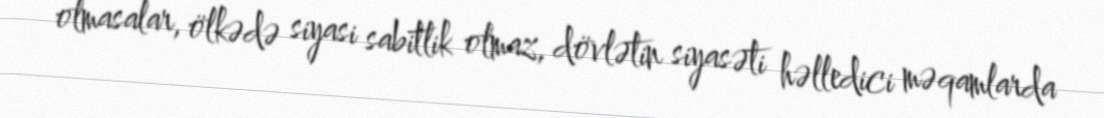
olmasalar, ölkədə siyasi sabitlik olmaz, dövlətin siyasəti həlledici məqamlarda